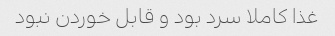
غذا کاملا سرد بود و قابل خوردن نبود